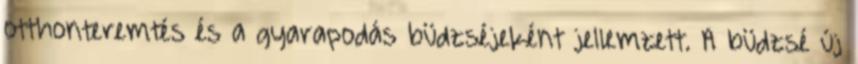
otthonteremtés és a gyarapodás büdzséjeként jellemzett. A büdzsé új